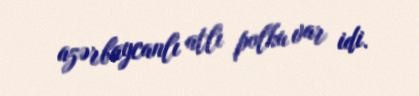
azərbaycanlı atlı polku var idi.